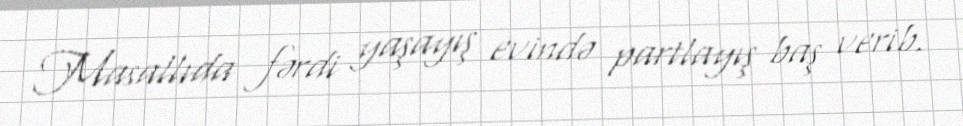
Masallıda fərdi yaşayış evində partlayış baş verib.